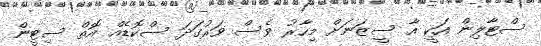
ސްޓާލިން އަކީ އާ ސީޒަނަށް މިހާރު ވެސް ވަރުގަދަ ސްކޮޑެއް އޮތް ސިޓީން